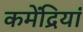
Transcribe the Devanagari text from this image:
कमेंद्रियां